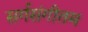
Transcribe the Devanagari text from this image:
सर्गसंगीतम